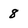
Character: 8